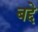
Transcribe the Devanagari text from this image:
बद्दे